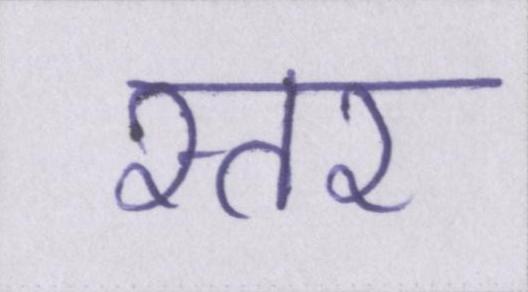
स्तर